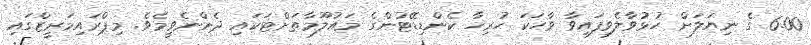
6.00 ގެ ނިޔަލަށް ހުޅުވާލެވިފައިވާ ވާހަކަ ހުރިހާ ކެންޑިޑޭޓުންގެ މައުލޫމާތަށްޓަކައި ދެންނެވީމެވެ. މިޕްރައިމަރީޒްގައި